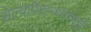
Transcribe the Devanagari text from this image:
सेल्वापेरुन्थागाई